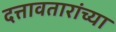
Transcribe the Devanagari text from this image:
दत्तावतारांच्या